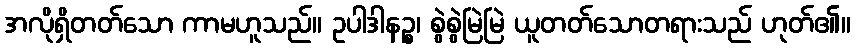
အလိုရှိတတ်သော ကာမဟူသည်။ ဥပါဒါနဉ္စ၊ စွဲစွဲမြဲမြဲ ယူတတ်သောတရားသည် ဟုတ်၏။